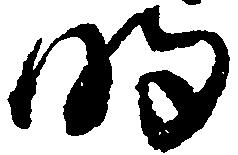
明